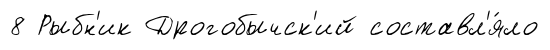
8 Рыбн'ик Дрогобычск'ий составл'я́ло